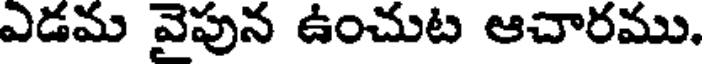
ఎడమ వైపున ఉంచుట ఆచారము.